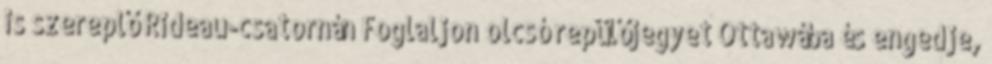
is szereplő Rideau-csatornán Foglaljon olcsó repülőjegyet Ottawába és engedje,